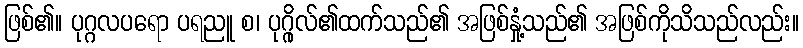
ဖြစ်၏။ ပုဂ္ဂလပရော ပရညူ စ၊ ပုဂ္ဂိုလ်၏ထက်သည်၏ အဖြစ်နှုံ့သည်၏ အဖြစ်ကိုသိသည်လည်း။